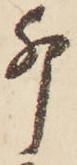
卯